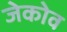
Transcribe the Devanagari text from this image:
जेकोव